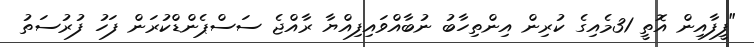
"ފީފާއިން އޮތީ 31މެއިގެ ކުރިން އިންތިހާބު ނުބާއްވައިފިއްޔާ ރާއްޖެ ސަސްޕެންޑްކުރަން ފަހު ފުރުސަތު